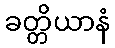
ခတ္တိယာနံ